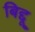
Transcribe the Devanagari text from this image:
बिद्दू